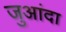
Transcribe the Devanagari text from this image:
जुआंदा